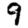
Digit: 9